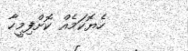
ހެޔޮކަމެއް ކޮށްފިމީހާ